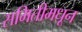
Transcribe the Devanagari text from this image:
समितीमधून